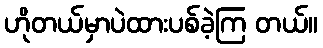
ဟိုတယ်မှာပဲထားပစ်ခဲ့ကြ တယ်။